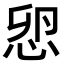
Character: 𢘴